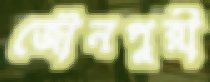
জৌনপুরী